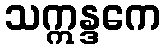
သဣန္ဒကေ